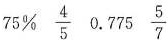
75% \frac{4}{5} 0.775 \frac{5}{7}